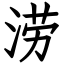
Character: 涝